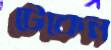
টেকেন